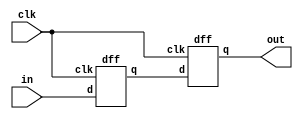
`timescale 1ns / 1ps
//////////////////////////////////////////////////////////////////////////////////
// Company: 
// Engineer: 
// 
// Design Name: 
// Module Name:    synchronizer 
// Project Name: 
// Target Devices: 
// Tool versions: 
// Description: 
//
// Dependencies: 
//
// Revision: 
// Revision 0.01 - File Created
// Additional Comments: 
//
//////////////////////////////////////////////////////////////////////////////////
module synch(
    input clk,
    input in,
    output out
    );

wire x;

dff dff_A(.d(in), .clk(clk), .q(x));
dff dff_B(.d(x), .clk(clk), .q(out));

endmodule
// ====================================================
// level2pulse : 
// generate neg-edge synch pulse of 2 clocks width on rising edge of 'level'

module level2pulse (
    input clk,
	 input level,
	 output pulse
  );

reg r1;
reg r2;
reg r3;

always @(negedge clk)
  begin
    r1 <= level;
    r2 <= r1;
    r3 <= r2;
  end

assign pulse = ~r3 & r1;

endmodule
	 
// ====================================================
module dff (
  input d,
  input clk,
  output reg q
  );
  
always @(posedge clk)
 begin
    q <= d;
 end
endmodule